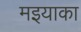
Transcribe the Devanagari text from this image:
मइयाका